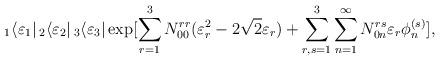
LaTeX: \begin{align*}_1\langle \varepsilon _1|\,_2\langle \varepsilon _2|\,_3\langle \varepsilon _3|\exp [\sum_{r=1}^{3}N^{rr}_{00}(\varepsilon _r^2-2\sqrt{2}\varepsilon _r)+\sum _{r,s=1}^{3}\sum_{n=1}^{\infty}N^{rs}_{0n}\varepsilon _r\phi ^{(s)}_n],\end{align*}